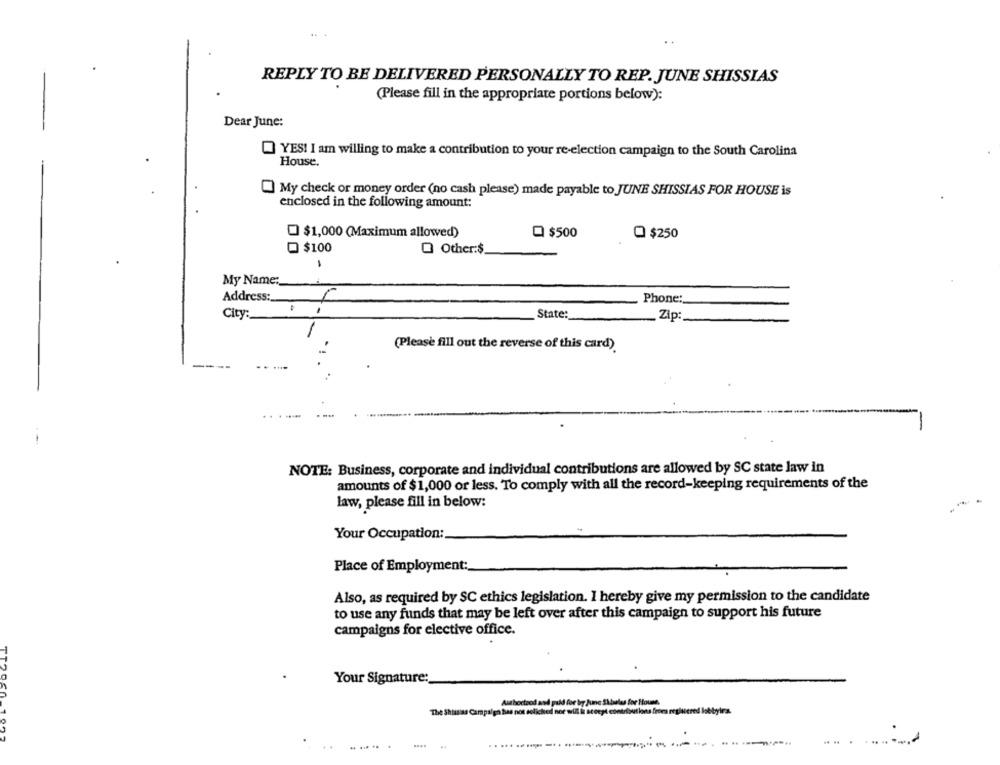
. .
REPLY TO BE DELIVERED PERSONALLY TO REP. JUNE SHISSIAS
(Please fill in the appropriate portions below):
Dear June:
YES! I am willing to make a contribution to your re-election campaign to the South Carolina
House.
My check or money order (no cash please) made payable to JUNE SHISSIAS FOR HOUSE is
enclosed in the following amount:
$1,000 (Maximum allowed)
Q $500
Q $250
- $100
O Other:$
My Name:
Address:
Phone:
State:
City:
Zip:
(Please fill out the reverse of this card)
-
NOTE: Business, corporate and individual contributions are allowed by SC state law in
amounts of $1,000 or less. To comply with all the record-keeping requirements of the
law, please fill in below:
Your Occupation:
Place of Employment:
Also, as required by SC ethics legislation. I hereby give my permission to the candidate
to use any funds that may be left over after this campaign to support his future
campaigns for elective office.
Your Signature:
Authortood and paid for by June Skbeles for
The Shitsias Campaign has not solicked nor will li scoept contribut
....